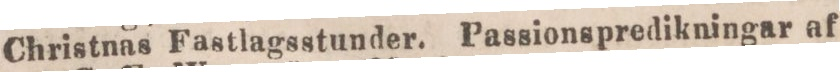
Christnas Fastlagsstunder. Passionspredikningar af